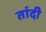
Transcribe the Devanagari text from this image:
तांदी